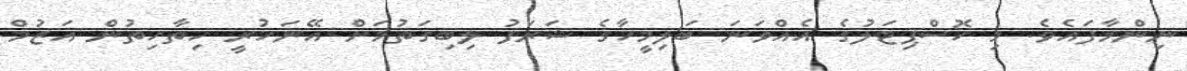
ނިންމާފައެވެ. މި ހޮސްޕިޓަލުގެ އެއްވަނަ ބަލިމީހާގެ ޝަރަފު ލިބިގަތުމަށް އޭނަހުރީ ހިތާހިތުން އަޒުމް